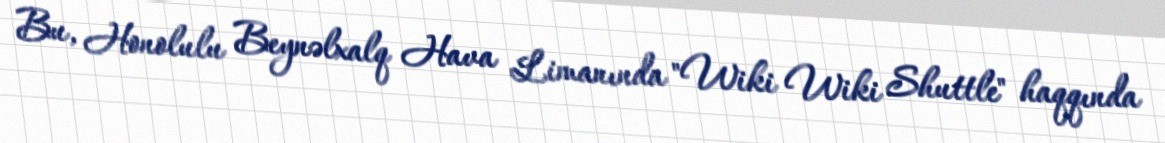
Bu, Honolulu Beynəlxalq Hava Limanında "Wiki Wiki Shuttle" haqqında